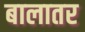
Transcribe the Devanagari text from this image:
बालातर